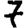
Digit: 7